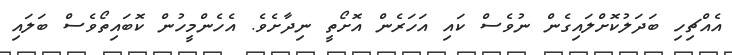
އެއްޗިހި ބަދަލުކޮށްލައިގެން ނުވެސް ކައި އަހަރެން އޮށޯތީ ނިދާށެވެ. އެހެންމީހުން ކޮބައިތޯވެސް ބަލައި